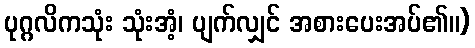
ပုဂ္ဂလိကသုံး သုံးအံ့၊ ပျက်လျှင် အစားပေးအပ်၏။)